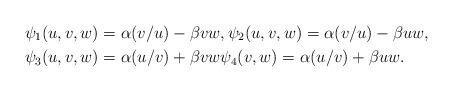
LaTeX: \begin{align*}\psi_1(u,v,w)&=\alpha(v/u)-\beta vw, \psi_2(u,v,w)=\alpha (v/u)-\beta uw,\\\psi_3(u,v,w)&=\alpha (u/v)+\beta vw\psi_4(v,w)=\alpha (u/v)+\beta uw.\end{align*}